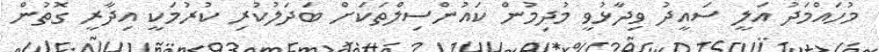
މުހައްމަދު އަލީ ސައީދު ވިދާޅުވީ މުދިމުން ކައުންސިލްތަކަށް ބަދަލުކުރި ކުރުމަކީ އިދާރީ ގޮތުން